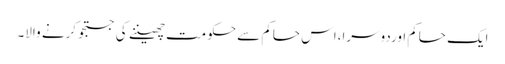
ایک حاکم اوردوسرا،اس حاکم سے حکومت چھیننے کی جستجو کرنے والا۔